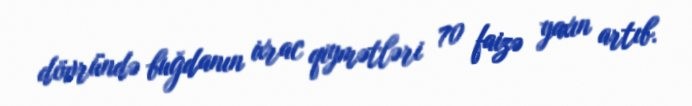
dövründə buğdanın ixrac qiymətləri 70 faizə yaxın artıb.